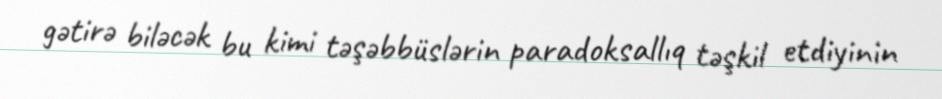
gətirə biləcək bu kimi təşəbbüslərin paradoksallıq təşkil etdiyinin